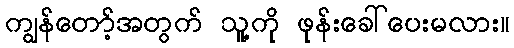
ကျွန်တော့်အတွက် သူ့ကို ဖုန်းခေါ်ပေးမလား။